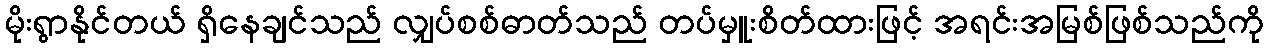
မိုးရွာနိုင်တယ် ရှိနေချင်သည် လျှပ်စစ်ဓာတ်သည် တပ်မှူးစိတ်ထားဖြင့် အရင်းအမြစ်ဖြစ်သည်ကို